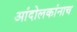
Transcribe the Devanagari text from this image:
आंदोलकांनाच